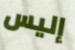
إليس